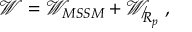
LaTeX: \mathcal { W } = \mathcal { W } _ { M S S M } + \mathcal { W } _ { \not R _ { p } } \; ,